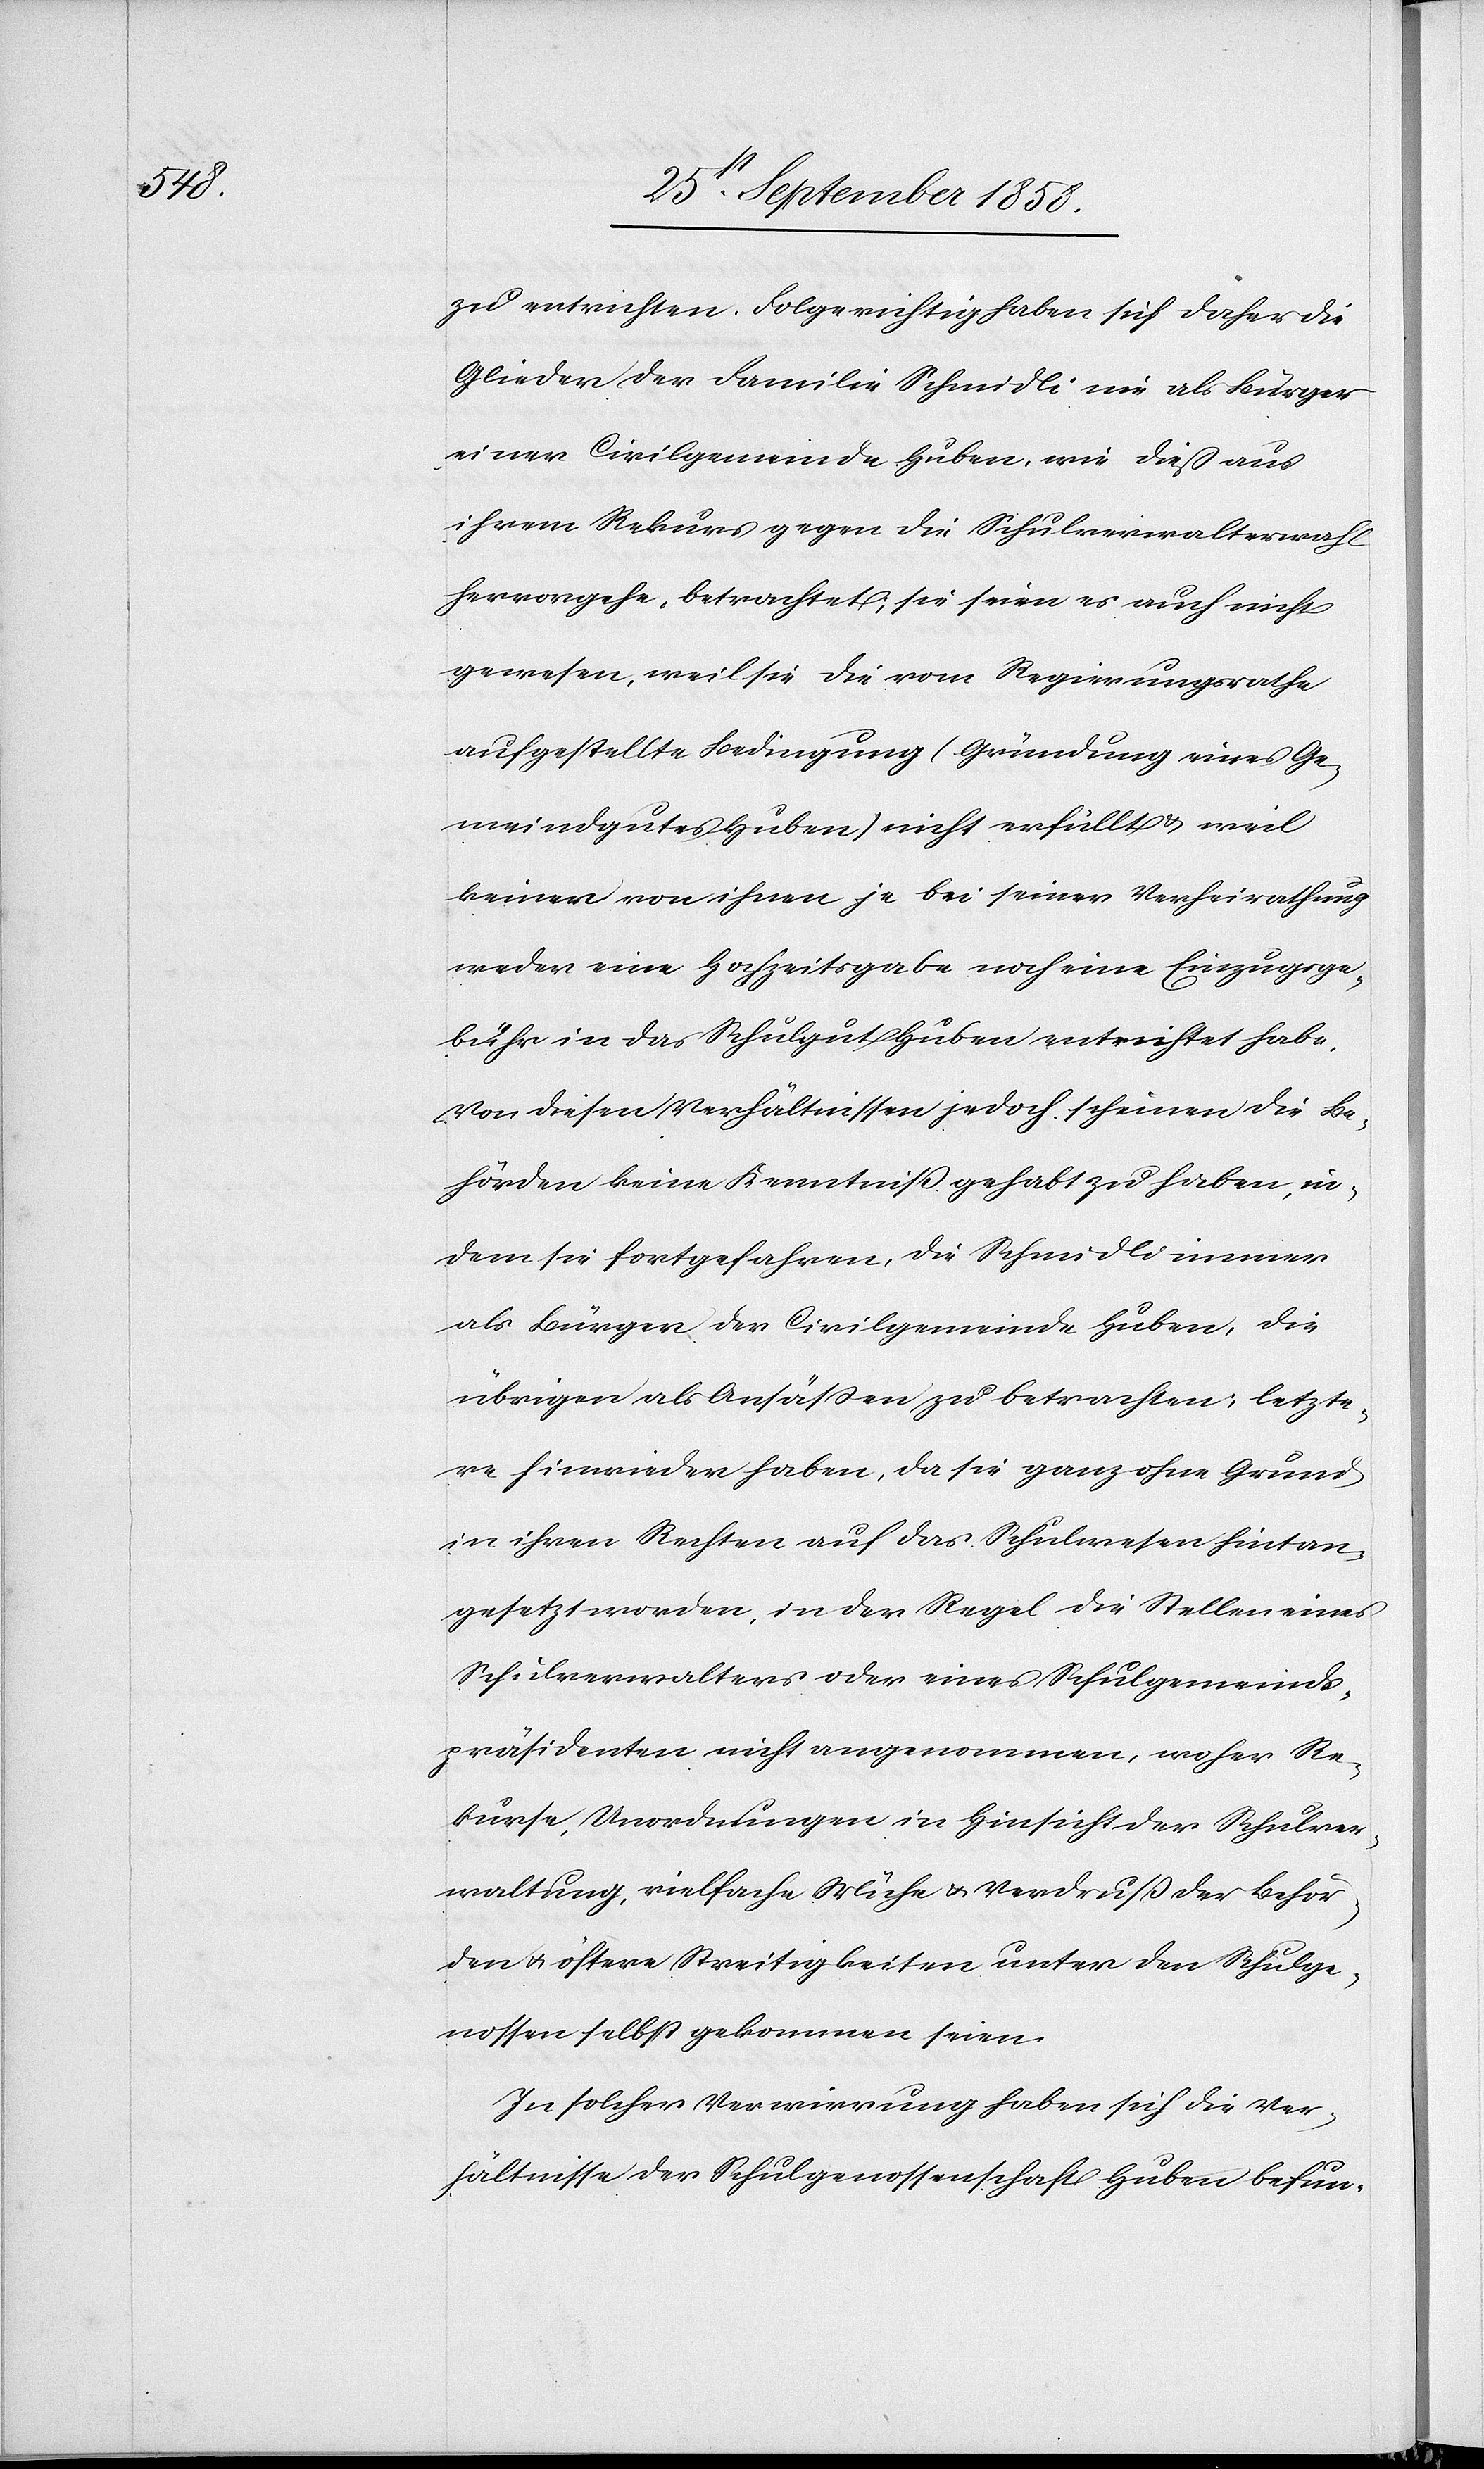
zu entrichten. Folgerichtig haben sich daher die
Glieder der Familie Schmidli nie als Bürger
einer Civilgemeinde Huben, wie dieß aus
ihrem Rekurs gegen die Schulverwalterwahl
hervorgehe, betrachtet; sie seien es auch nicht
gewesen, weil sie die vom Regierungsrathe
aufgestellte Bedingung (Gründung eines Ge¬
meindgutes Huben) nicht erfüllt & weil
keiner von ihnen je bei seiner Verheirathung
weder eine Hochzeitsgabe noch eine Einzugsge¬
bühr in das Schulgut Huben entrichtet habe.
Von diesen Verhältnissen jedoch scheinen die Be¬
hörden keine Kenntniß gehabt zu haben, in¬
dem sie fortgefahren, die Schmidli immer
als Bürger der Civilgemeinde Huben, die
übrigen als Ansäßen zu betrachten; letzte¬
re hinwieder haben, da sie ganz ohne Grund
in ihren Rechten auf das Schulwesen hintan¬
gesetzt worden, in der Regel die Stellen eines
Schulverwalters oder eines Schulgemeinds¬
präsidenten nicht angenommen, woher Re¬
kurse, Unordnungen in Hinsicht der Schulver¬
waltung, vielfache Mühe & Verdruß der Behör¬
den & öftere Streitigkeiten unter den Schulge¬
nossen selbst gekommen seien.
In solcher Verwirrung haben sich die Ver¬
hältnisse der Schulgenossenschaft Huben befun-